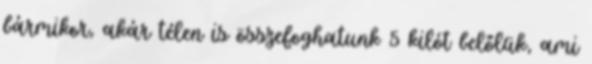
bármikor, akár télen is összefoghatunk 5 kilót belőlük, ami